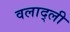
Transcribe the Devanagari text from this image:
वलाद्ली